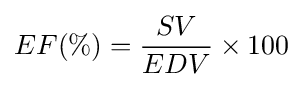
EF(\%)={\frac {SV}{EDV}}\times 100